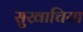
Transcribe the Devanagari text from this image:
सुखाचिया